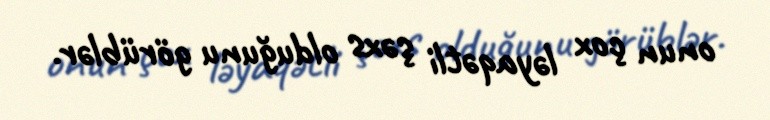
onun çox ləyaqətli şəxs olduğunu görüblər.